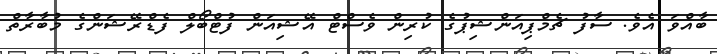
ބާއްވަ އެވެ. ސާފު ޗެމްޕިއަންޝިޕުގެ ކުރިން ވެސްޓް އޭޝިއަން ފުޓްބޯލް ފެޑްރޭޝަންގެ މުބާރާތް